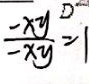
\frac { - x y ^ { D } } { - x y } = 1